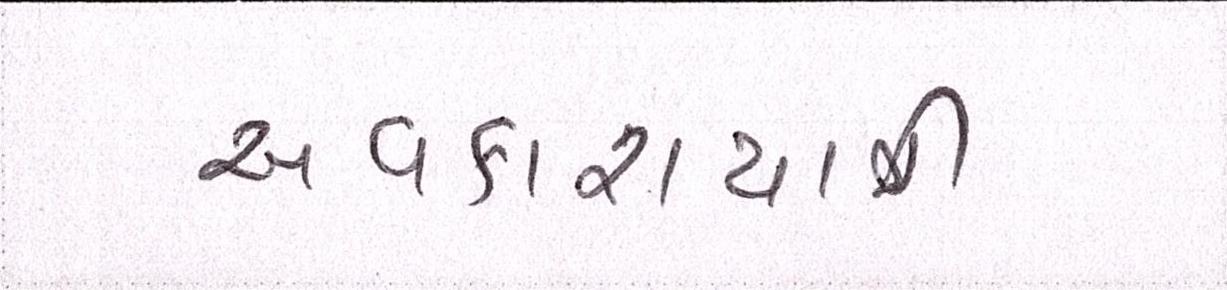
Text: અવકાશયાત્રી